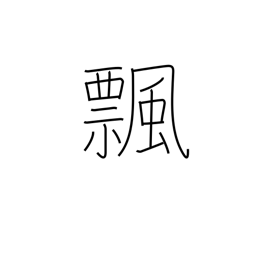
Meaning: turn over